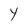
Character: Y